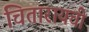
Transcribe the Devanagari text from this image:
चितारायची